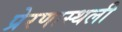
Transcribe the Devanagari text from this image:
प्रेरणास्थली